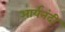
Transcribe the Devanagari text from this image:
आर्यनंदी